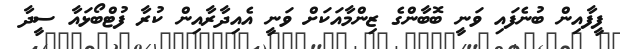
ފީފާއިން ބުނެފައި ވަނީ ބޮބާންގެ ޒިންމާއަކަށް ވަނީ އެއިދާރާއިން ކުރާ ފުޓްބޯޅައާ ސީދާ